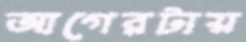
আগেরটায়